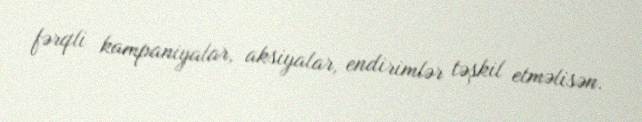
fərqli kampaniyalar, aksiyalar, endirimlər təşkil etməlisən.